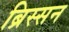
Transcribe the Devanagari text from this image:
ब्रिस्सन